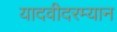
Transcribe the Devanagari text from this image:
यादवीदरम्यान